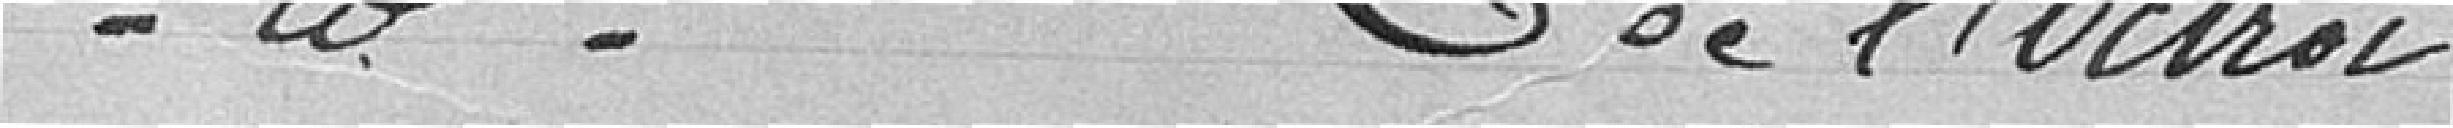
Nomination de la Commission de l'octroi